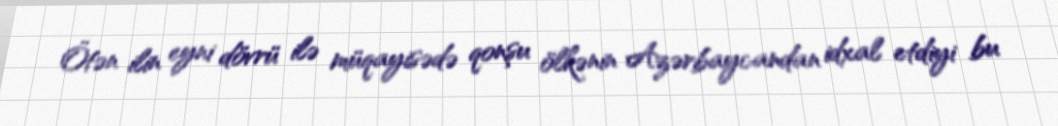
Ötən ilin eyni dövrü ilə müqayisədə qonşu ölkənin Azərbaycandan idxal etdiyi bu